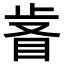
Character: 𣥸